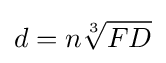
d=n{\sqrt[{3}]{FD}}